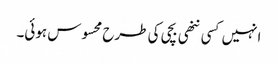
انہیں کسی ننھی بچی کی طرح محسوس ہوئی۔